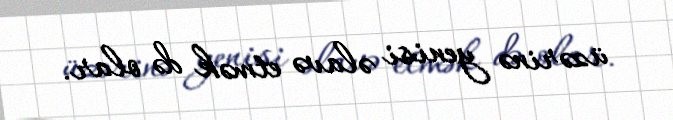
üzərinə yenisi əlavə etmək də olar.